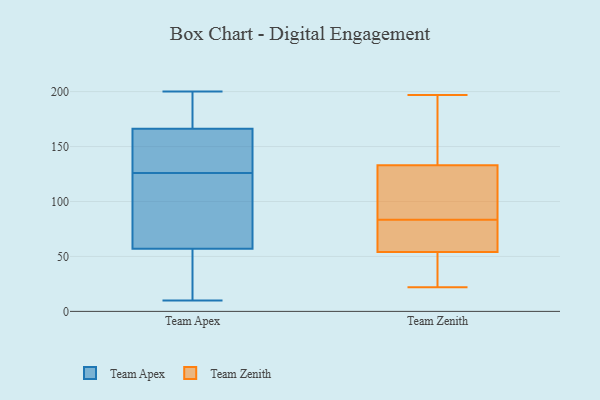
{"axis": {"x": "Population (Million)", "y": "Value"}, "legend": ["Team Apex", "Team Zenith"], "data": [{"x": "", "y": 78, "type": "Team Apex"}, {"x": "", "y": 175, "type": "Team Apex"}, {"x": "", "y": 200, "type": "Team Apex"}, {"x": "", "y": 126, "type": "Team Apex"}, {"x": "", "y": 55, "type": "Team Apex"}, {"x": "", "y": 200, "type": "Team Apex"}, {"x": "", "y": 140, "type": "Team Apex"}, {"x": "", "y": 63, "type": "Team Apex"}, {"x": "", "y": 134, "type": "Team Apex"}, {"x": "", "y": 30, "type": "Team Apex"}, {"x": "", "y": 10, "type": "Team Apex"}, {"x": "", "y": 111, "type": "Team Zenith"}, {"x": "", "y": 54, "type": "Team Zenith"}, {"x": "", "y": 111, "type": "Team Zenith"}, {"x": "", "y": 35, "type": "Team Zenith"}, {"x": "", "y": 76, "type": "Team Zenith"}, {"x": "", "y": 195, "type": "Team Zenith"}, {"x": "", "y": 76, "type": "Team Zenith"}, {"x": "", "y": 197, "type": "Team Zenith"}, {"x": "", "y": 91, "type": "Team Zenith"}, {"x": "", "y": 45, "type": "Team Zenith"}, {"x": "", "y": 133, "type": "Team Zenith"}, {"x": "", "y": 22, "type": "Team Zenith"}, {"x": "", "y": 171, "type": "Team Zenith"}, {"x": "", "y": 56, "type": "Team Zenith"}]}